Problem: 28 + 22 = ?
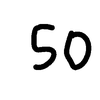
Handwritten answer: 50